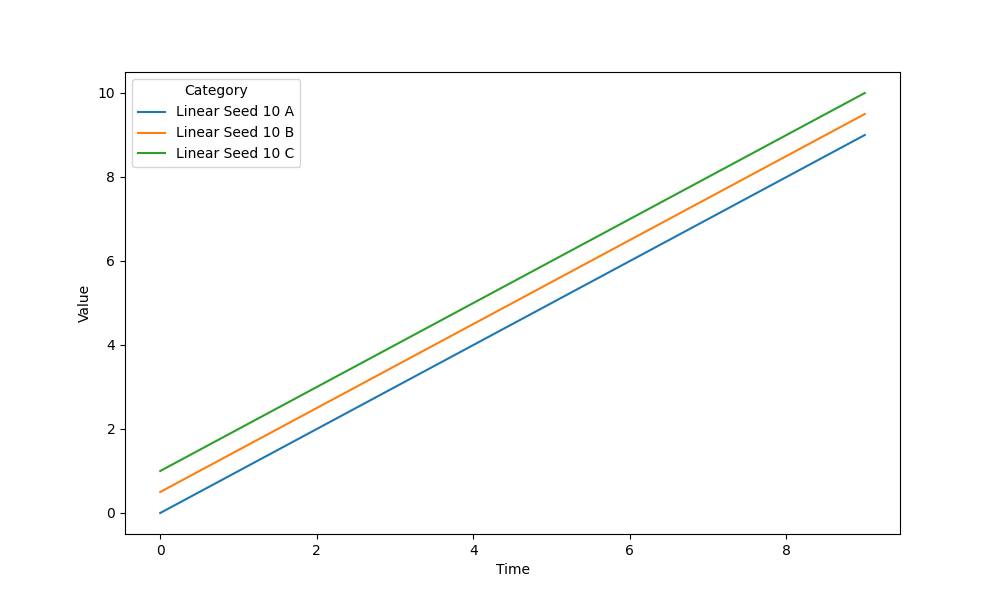
python, seaborn, lineplot, style='solid', marker='None'